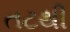
તટથી